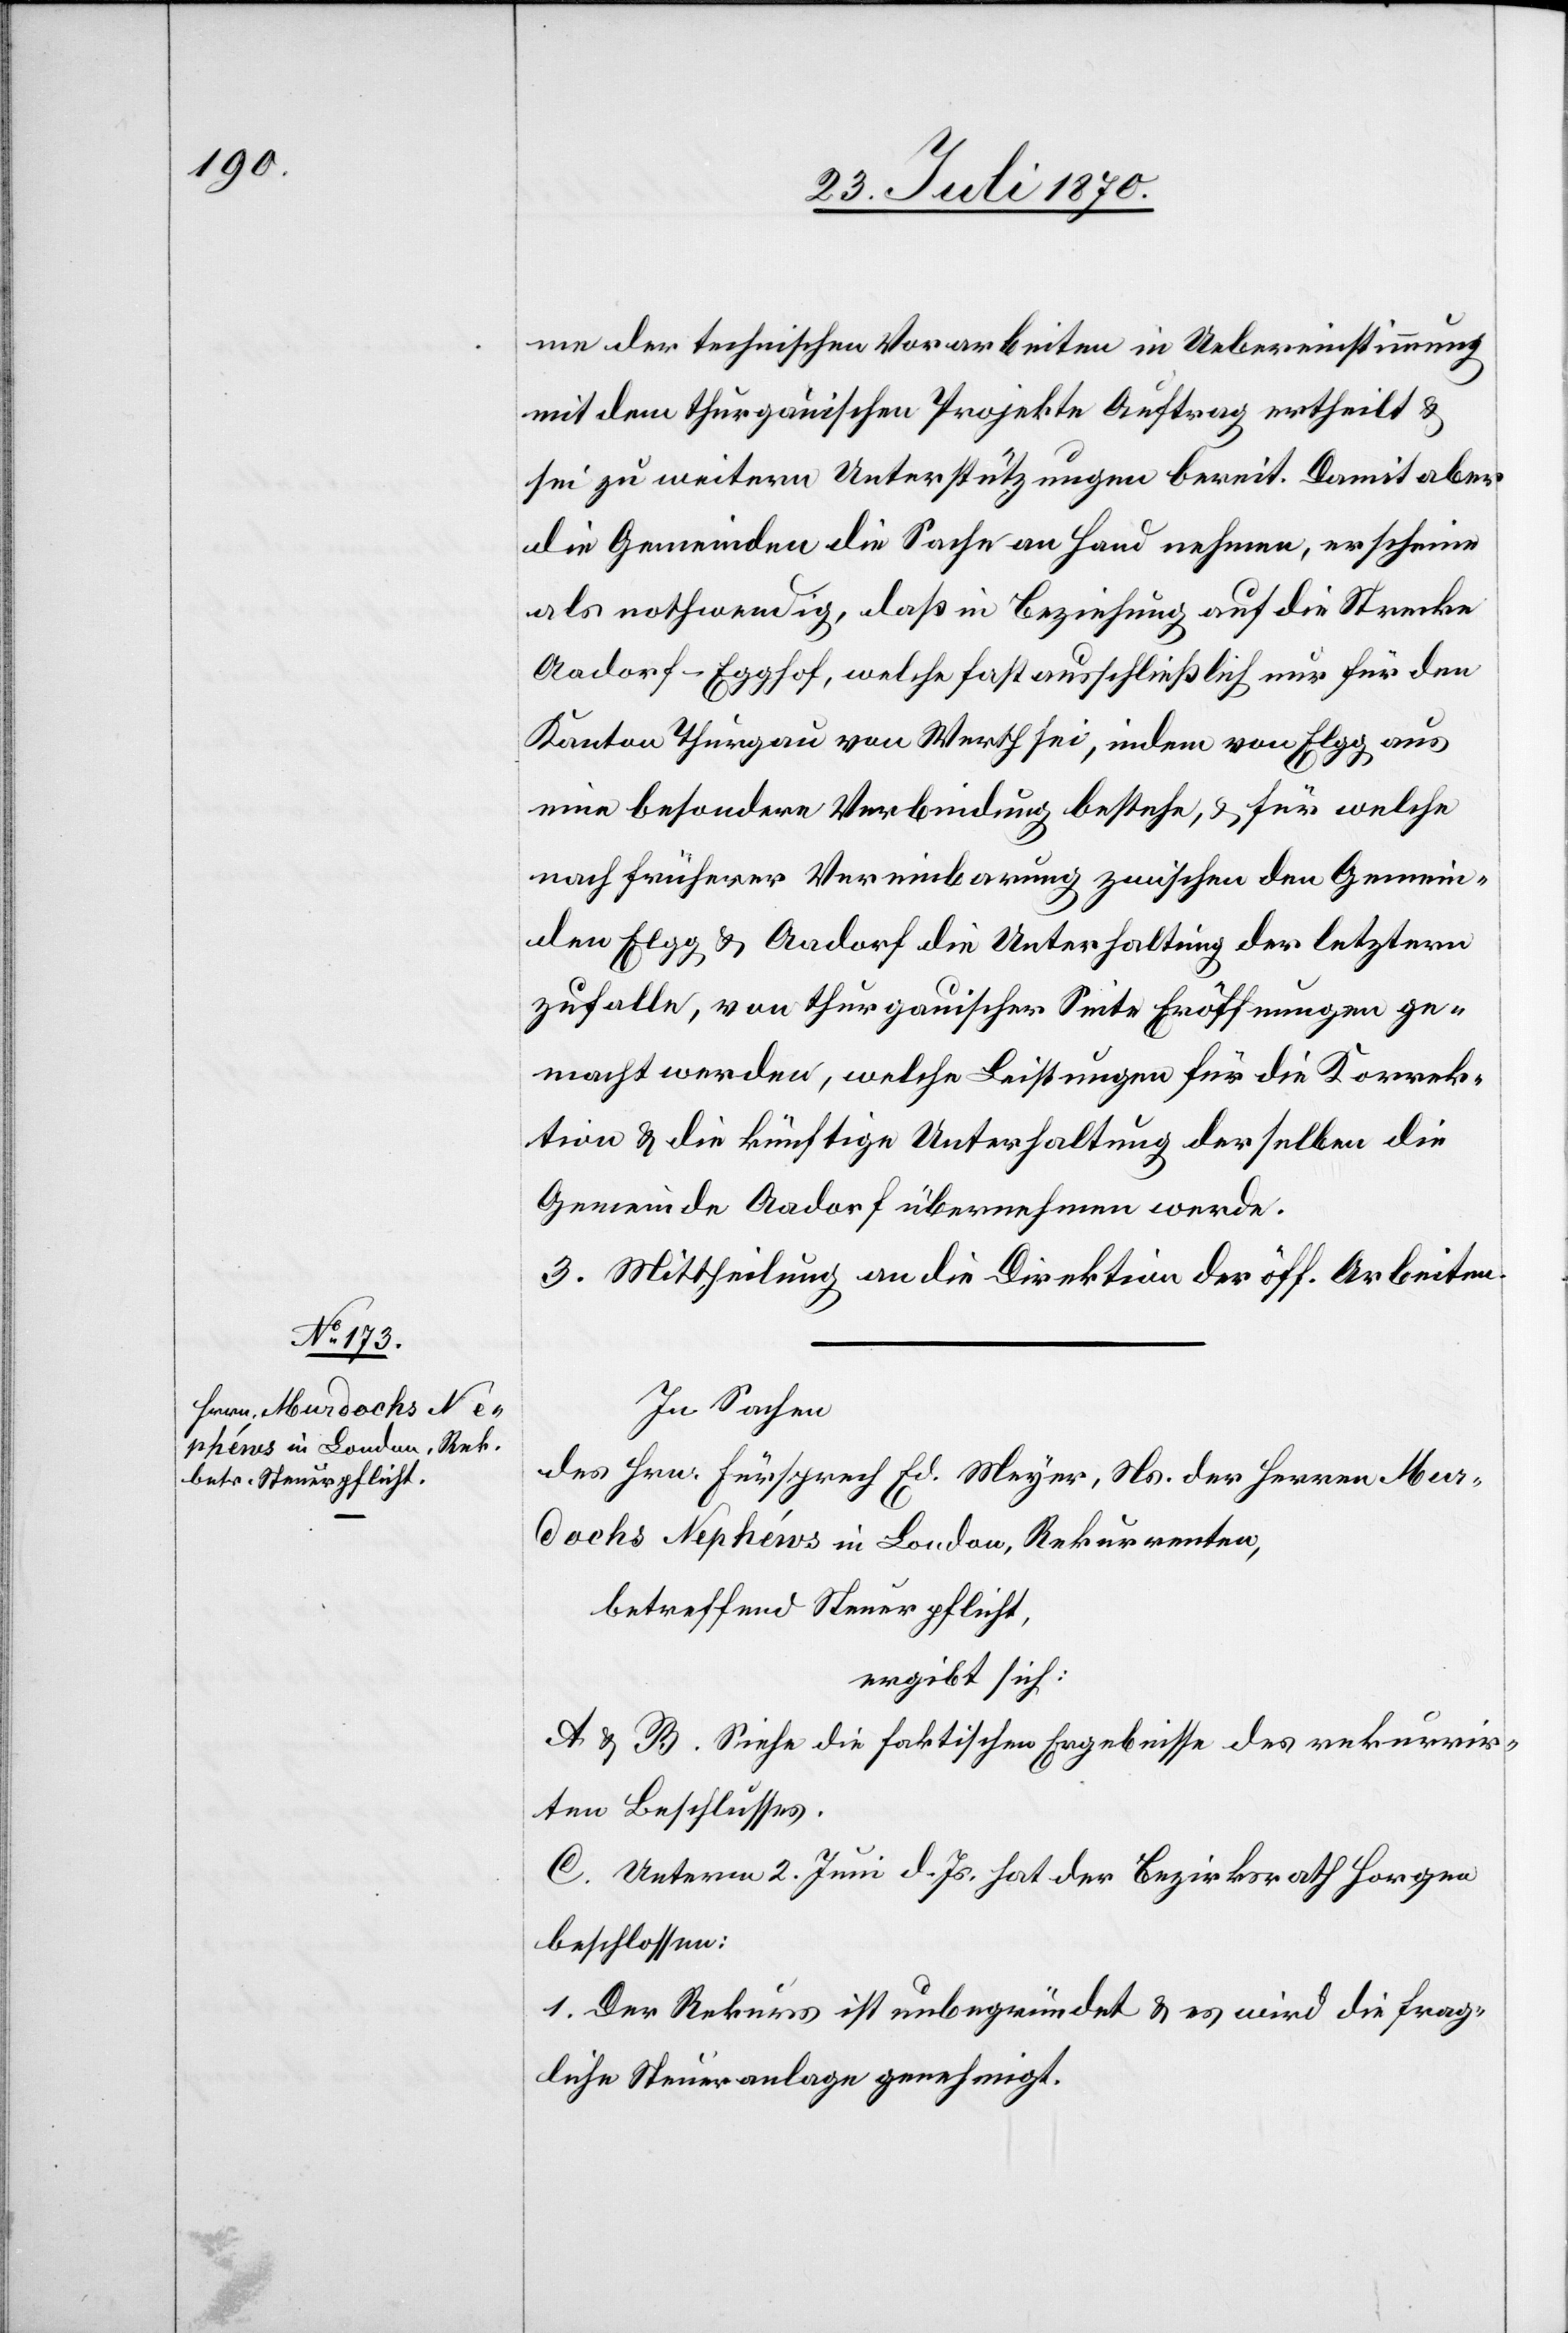
me der technischen Vorarbeiten in Uebereinstimmung
mit dem thurgauischen Projekte Auftrag ertheilt &
sei zu weitern Unterstützungen bereit. Damit aber
die Gemeinden die Sache an Hand nehmen, erscheine
als nothwendig, daß in Beziehung auf die Strecke
Aadorf–Egghof, welche fast ausschließlich nur für den
Kanton Thurgau von Werth sei, indem von Elgg aus
eine besondere Verbindung bestehe, & für welche
nach früherer Vereinbarung zwischen den Gemein¬
den Elgg & Aadorf die Unterhaltung der letztern
zufalle, von thurgauischer Seite Eröffnungen ge¬
macht werden, welche Leistungen für die Korrek¬
tion & die künftige Unterhaltung derselben die
Gemeinde Aadorf übernehmen werde.
3. Mittheilung an die Direktion der öff. Arbeiten.
In Sachen
des Hrn. Fürsprech Ed. Meyer, Ns. der Herren Mur¬
dochs Nephéws in London, Rekurrenten,
betreffend Steuerpflicht,
ergibt sich:
A & B. Siehe die faktischen Ergebnisse des rekurrir¬
ten Beschlusses.
C. Unterm 2. Juni d. Js. hat der Bezirksrath Horgen
beschlossen:
1. Der Rekurs ist unbegründet & es wird die frag¬
liche Steueranlage genehmigt.